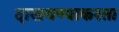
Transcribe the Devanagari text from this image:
दाखवण्याकरता